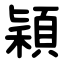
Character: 穎